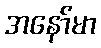
အနော်မာ